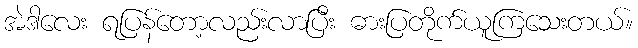
အဲဒါလေး ရပြန်တော့လည်းလာပြီး ဓားပြတိုက်ယူကြသေးတယ်။